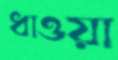
ধাওয়া